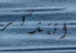
اتتذكر